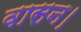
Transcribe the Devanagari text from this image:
वासन।